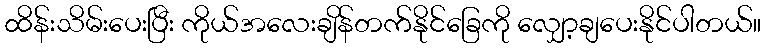
ထိန်းသိမ်းပေးပြီး ကိုယ်အလေးချိန်တက်နိုင်ခြေကို လျှော့ချပေးနိုင်ပါတယ်။